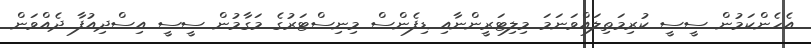
އެހެންކަމުން ސީސީ ކުރިމަތިލައްވަނަމަ މިލިޓަރީންނާއި ޑިފެންސް މިނިސްޓަރުގެ މަގާމުން ސީސީ އިސްދިއުފާ ދެއްވަން